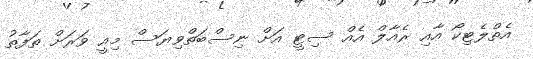
އެތްލެޓިކޯ އާއި ރެއާލް އެއް ސިޓީ އަށް ނިސްބަތްވިޔަސް މިއީ ވަރަށް ތަފާތު